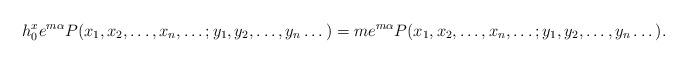
LaTeX: \begin{align*}h^x_0 e^{m\alpha} P(x_1, x_2, \dots , x_n, \dots ;y_1, y_2, \dots , y_n\dots) =m e^{m\alpha} P(x_1, x_2, \dots , x_n, \dots ;y_1, y_2, \dots , y_n\dots).\end{align*}